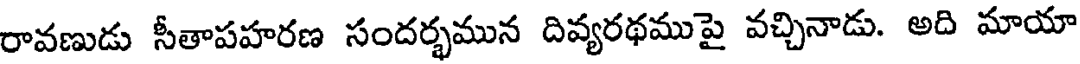
రావణుడు సీతాపహరణ సందర్భమున దివ్యరథముపై వచ్చినాడు. అది మాయా